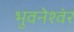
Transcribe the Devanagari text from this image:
भुवनेश्वंर